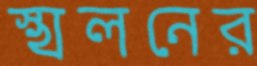
স্খলনের